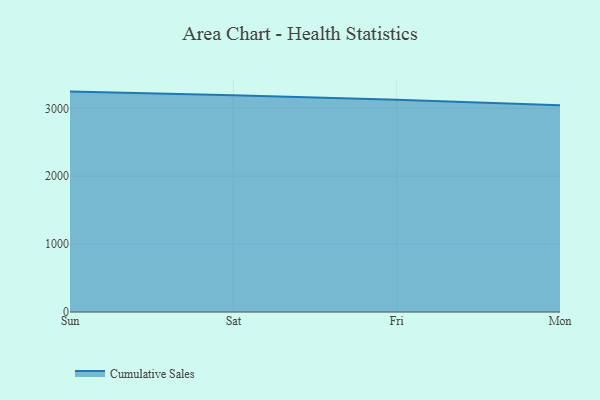
{"axis": {"x": "Day", "y": "Backlog"}, "legend": ["Cumulative Sales"], "data": [{"x": "Sun", "y": 3246.0, "type": "Cumulative Sales"}, {"x": "Sat", "y": 3193.1, "type": "Cumulative Sales"}, {"x": "Fri", "y": 3124.2, "type": "Cumulative Sales"}, {"x": "Mon", "y": 3046.1, "type": "Cumulative Sales"}]}